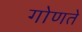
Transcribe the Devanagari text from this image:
गोणते